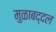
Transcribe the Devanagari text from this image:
मुळाबद्दल